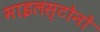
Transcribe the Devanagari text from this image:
माइलस्टोनों